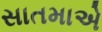
સાતમાએ